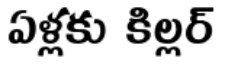
ఏళ్లకు కిల్లర్